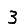
Digit: 3